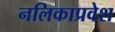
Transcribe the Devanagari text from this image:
नलिकाप्रवेश